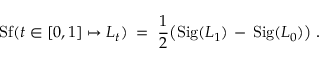
\mathrm { S f } ( t \in [ 0 , 1 ] \mapsto L _ { t } ) \; = \; \frac { 1 } { 2 } \big ( \mathrm { S i g } ( L _ { 1 } ) \, - \, \mathrm { S i g } ( L _ { 0 } ) \big ) \; .